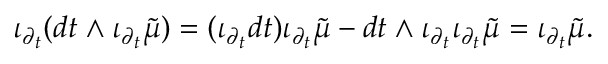
\iota _ { \partial _ { t } } ( d t \wedge \iota _ { \partial _ { t } } { \tilde { \mu } } ) = ( \iota _ { \partial _ { t } } d t ) \iota _ { \partial _ { t } } { \tilde { \mu } } - d t \wedge \iota _ { \partial _ { t } } \iota _ { \partial _ { t } } { \tilde { \mu } } = \iota _ { \partial _ { t } } { \tilde { \mu } } .